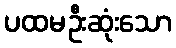
ပထမဦးဆုံးသော